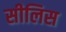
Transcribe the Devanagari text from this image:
सीलिस